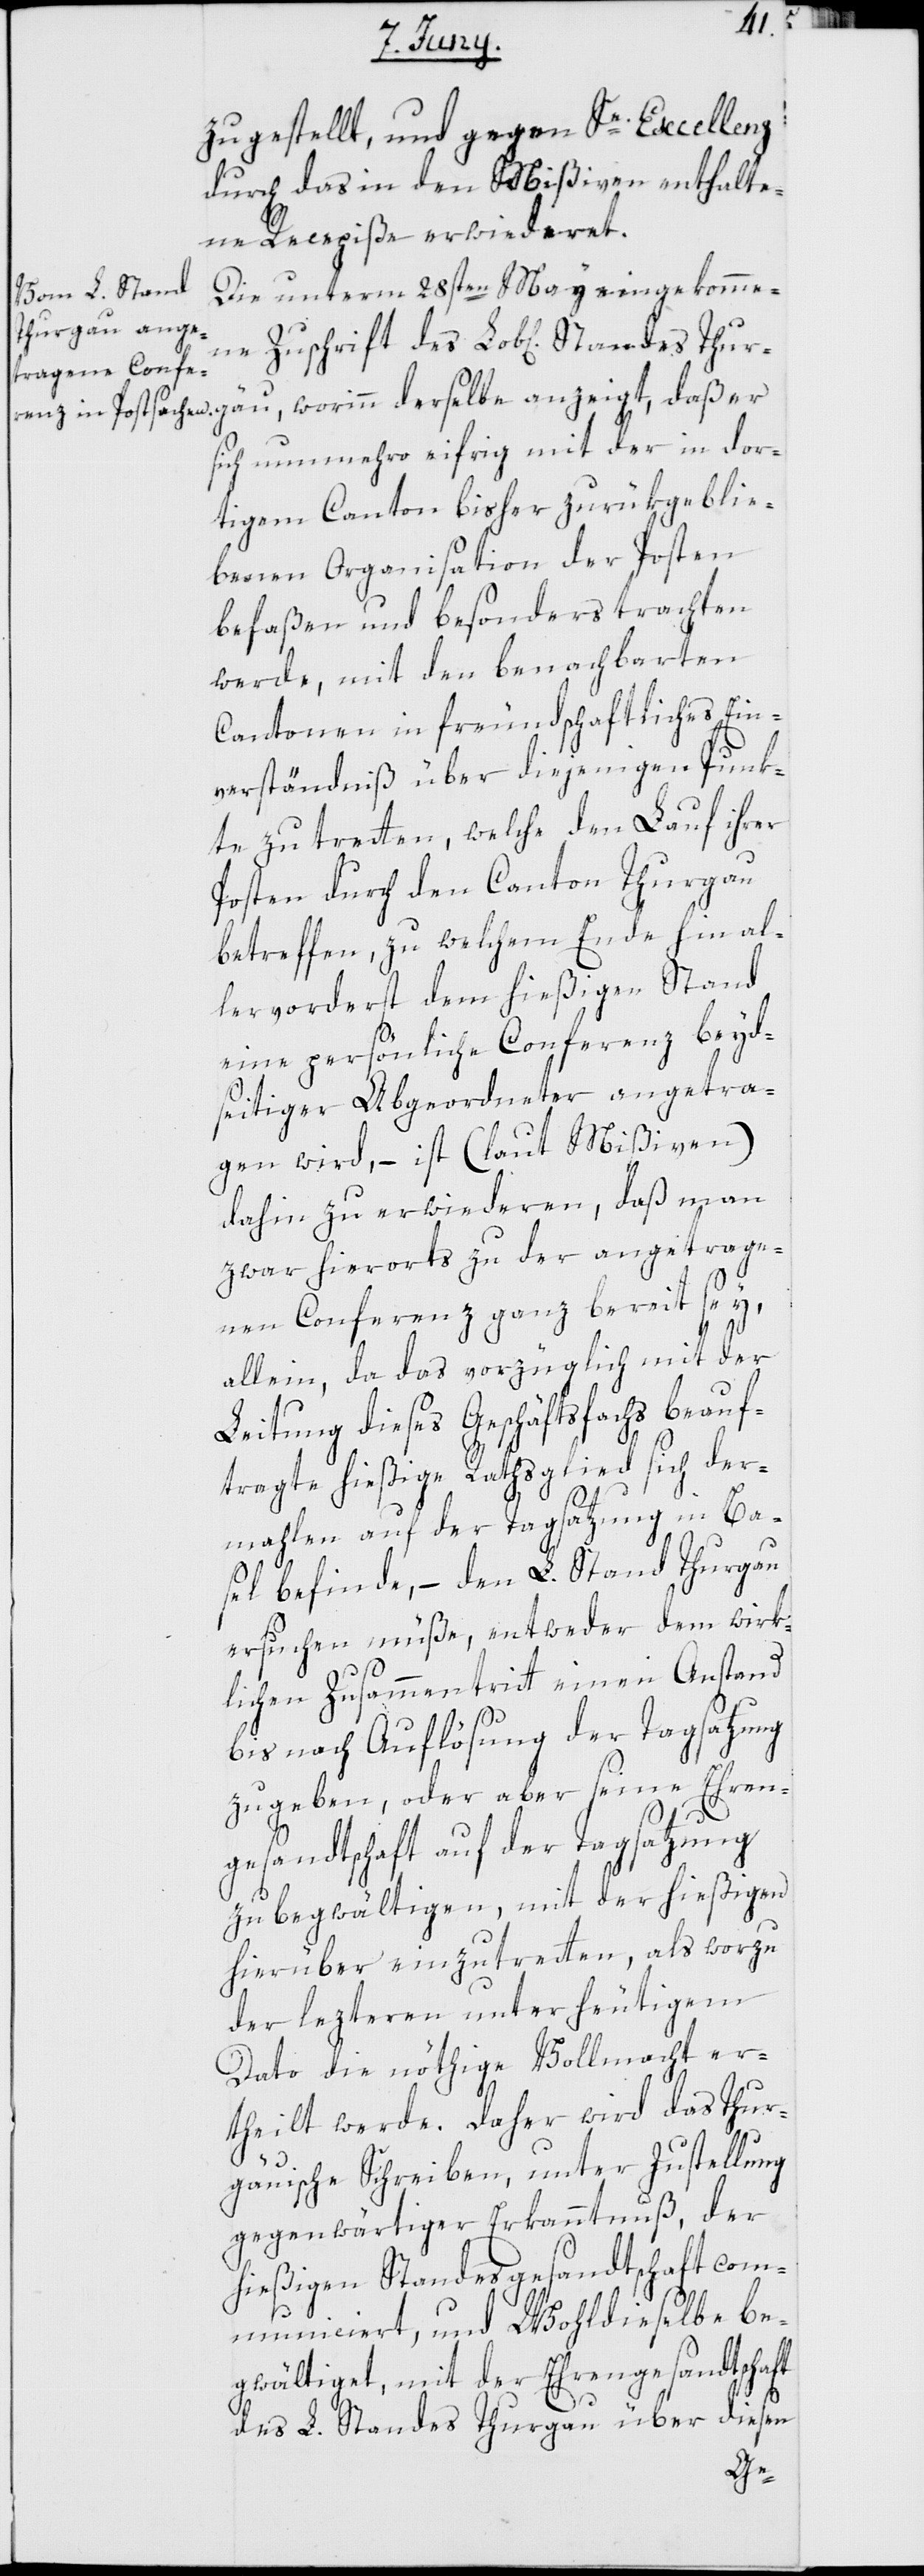
zugestellt, und gegen Se. Excellenz
durch das in den Mißiven enthalte¬
ne Recepiße erwiederet.
Die unterm 28sten May eingekomme¬
sich nunmehro eifrig mit der in dor¬
tigem Canton bisher zurükgeblie¬
benen Organisation der Posten
befaßen und besonders trachten
werde, mit den benachbarten
Cantonen in freundschaftliches Ein¬
verständniß über diejenigen Punk¬
te zu tretten, welche den Lauf ihrer
Posten durch den Canton Thurgau
betreffen, zu welchem Ende hin al¬
lervorderst dem hießigen Stand
eine persönliche Conferenz beyd¬
seitiger Abgeordneter angetra¬
gen wird, – ist (laut Mißiven)
dahin zu erwideren, daß man
zwar hierorts zu der angetrage¬
nen Conferenz ganz bereit sey,
allein, da das vorzüglich mit der
Leitung dieses Geschäftsfachs beauf¬
tragte hießige Rathsglied sich der¬
mahlen auf der Tagsatzung in Ba¬
sel befinde, – den L. Stand Thurgau
ersuchen müße, entweder dem wirk¬
lichen Zusammentritt einen Anstand
bis nach Auflösung der Tagsatzung
zu geben, oder aber seine Ehren¬
daß er
gesandtschaft auf der Tagsatzung
zu begwältigen, mit der hießigen
hierüber einzutretten, als worzu
der lezteren unter heutigem
Dato die nöthige Vollmacht er¬
theilt werde. Daher wird das Thur¬
gäuische Schreiben, unter Zustellung
gegenwärtiger Erkanntnuß, der
hießigen Standesgesandtschaft com¬
municiert, und Wohldieselbe be¬
gwältiget, mit der Ehrengesandtschaft
des L. Standes Thurgau über diesen